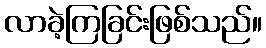
လာခဲ့ကြခြင်းဖြစ်သည်။